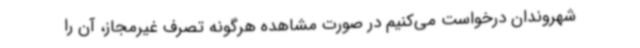
شهروندان درخواست می‌کنیم در صورت مشاهده هرگونه تصرف غیرمجاز، آن را